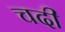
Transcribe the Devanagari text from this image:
चदी